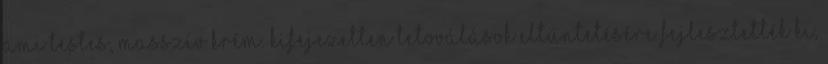
ami testes, masszív krém. Kifejezetten tetoválások eltüntetésére fejlesztették ki,